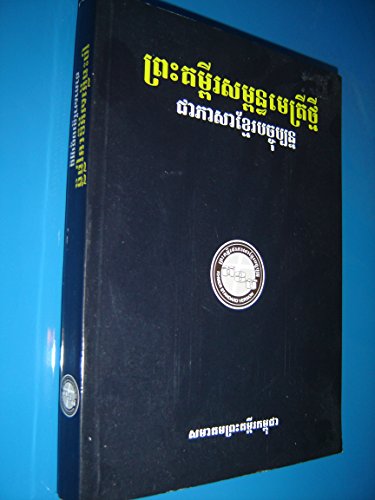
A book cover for Khmer New Testament Black Large / Khmer Standard Version KHSV 260 Cambodia / Color Maps; Bible Society; Travel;